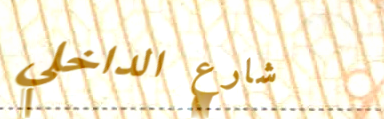
شارع الداخلي